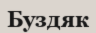
Буздяк